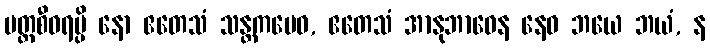
ပတ္တစီဝရမ္ပိ နော ဧတေသံ သန္တကမေဝ, ဧတေသံ အာနုဘာဝေန နေဝ ဘယေ ဘယံ, န